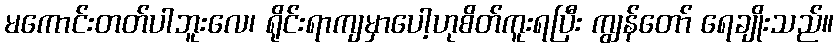
မကောင်းတတ်ပါဘူးလေ၊ ရိုင်းရာကျမှာပေါ့ဟုစိတ်ကူးရပြီး ကျွန်တော် ရေချိုးသည်။